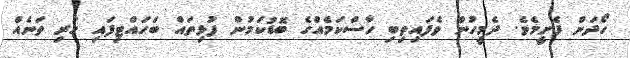
ހޯދަން ފެށީމެވެ. ދެމީހުން ވެފައިތިބި ހާސްކަމެއްގެ ބޮޑުކަމުން ފުޅިތައް ބަހައްޓިފައި ހުރި ތަނެއް